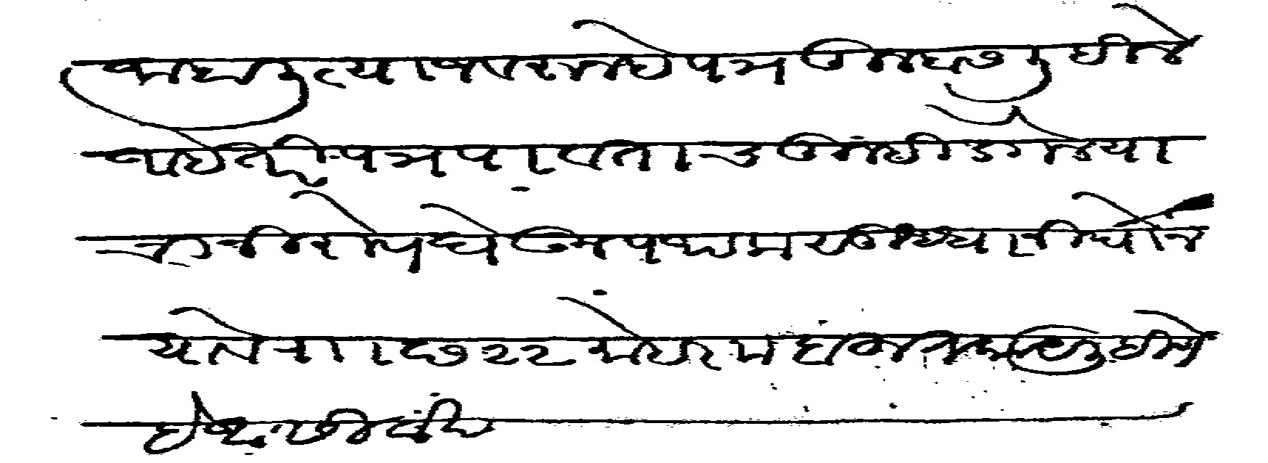
Transliteration (Devanagari): जाहली त्याजवरून हे पत्र तुम्हास लिहीले आहे तरी पत्र पावताच तुम्ही डेंगळे याचा निरोप घेऊन पथक सुधा निघोन यावे रवाना छ २२ मोहरम बहुत काय लिहीणे हे आसिर्वाद